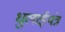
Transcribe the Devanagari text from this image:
धुलाईयंत्र